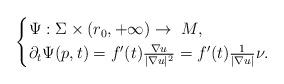
LaTeX: \begin{align*} \begin{cases} \Psi: \Sigma \times (r_0, + \infty) \rightarrow \ M, \\ \partial_t \Psi(p, t)=f'(t)\frac{\nabla u}{|\nabla u|^2}=f'(t)\frac{1}{|\nabla u|}\nu.\end{cases}\end{align*}